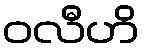
ဝလီဟိ